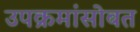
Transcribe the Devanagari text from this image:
उपक्रमांसोबत